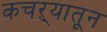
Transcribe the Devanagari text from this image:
कचऱ्यातून